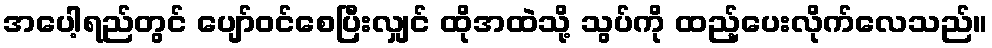
အပေါ့ရည်တွင် ပျော်ဝင်စေပြီးလျှင် ထိုအထဲသို့ သွပ်ကို ထည့်ပေးလိုက်လေသည်။